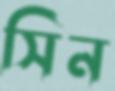
সিন